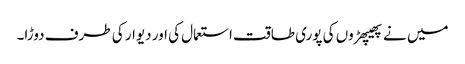
میں نے پھیپھڑوں کی پوری طاقت استعمال کی اور دیوار کی طرف دوڑا۔